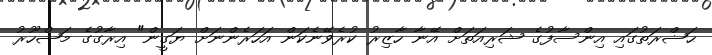
ޙަޟްރަތުގައި އިންސާފުގެ ޝަރިއަތަށް އޭނާ ހާޒިރު ކުރެވޭނެކަން އަހަރެންނަށް ޔަގީން" އިރާގުގެ މަޝްހޫރު